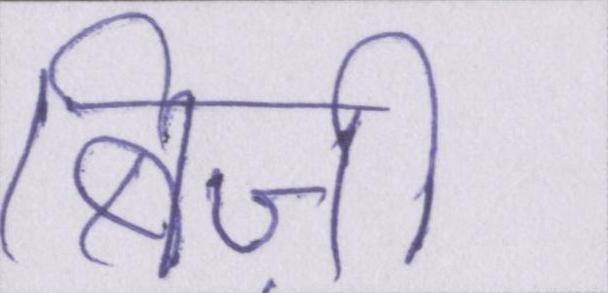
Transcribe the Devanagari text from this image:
बिज़ी